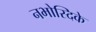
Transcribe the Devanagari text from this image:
नभोस्दिके